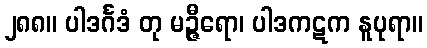
၂၈၈။ ပါဒင်္ဂဒံ တု မဉ္ဇီရော၊ ပါဒကဋက နူပုရာ။